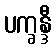
ပက္ခန္ဒီ